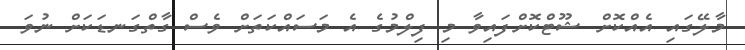
މާލޭގައި އެއްކޮށް ޝޫޓްކޮށްފައިވާ މި ފިލްމުގެ އެ މަސައްކަތަށް ވެސް ގާތްގަނޑަކަށް ނުވަ